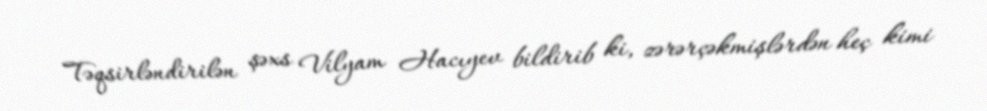
Təqsirləndirilən şəxs Vilyam Hacıyev bildirib ki, zərərçəkmişlərdən heç kimi